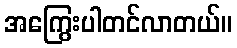
အကြွေးပါတင်လာတယ်။